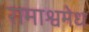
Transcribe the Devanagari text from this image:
रामाश्वमेध